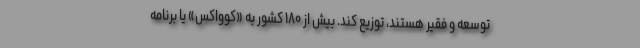
توسعه و فقیر هستند، توزیع کند. بیش از ۱۸۰ کشور به «کوواکس» یا برنامه